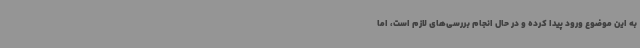
به این موضوع ورود پیدا کرده و در حال انجام بررسی‌های لازم است، اما